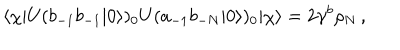
LaTeX: \langle \chi | U ( b _ { - 1 } b _ { - 1 } | 0 \rangle ) _ { 0 } U ( a _ { - 1 } b _ { - N } | 0 \rangle ) _ { 0 } | \chi \rangle = 2 \gamma ^ { b } \rho _ { N } \, ,